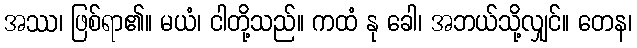
အဿ၊ ဖြစ်ရာ၏။ မယံ၊ ငါတို့သည်။ ကထံ နု ခေါ၊ အဘယ်သို့လျှင်။ တေန၊